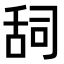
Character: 𮍷